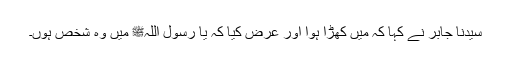
سیدنا جابرؓ نے کہا کہ میں کھڑا ہوا اور عرض کیا کہ یا رسول اللہﷺ میں وہ شخص ہوں۔